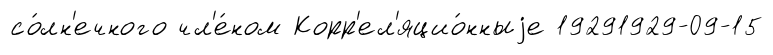
со́лн'ечного чл'е́ном Корр'ел'яцио́нныjе 19291929-09-15